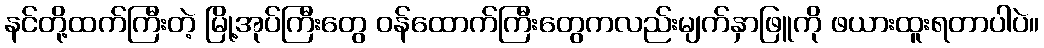
နင်တို့ထက်ကြီးတဲ့ မြို့အုပ်ကြီးတွေ ဝန်ထောက်ကြီးတွေကလည်းမျက်နှာဖြူကို ဖယားထူးရတာပါပဲ။